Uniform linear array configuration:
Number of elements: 32
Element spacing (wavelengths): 0.75
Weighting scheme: binomial
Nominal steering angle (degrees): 0
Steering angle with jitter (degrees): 1.776
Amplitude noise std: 0.05
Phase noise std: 0.05

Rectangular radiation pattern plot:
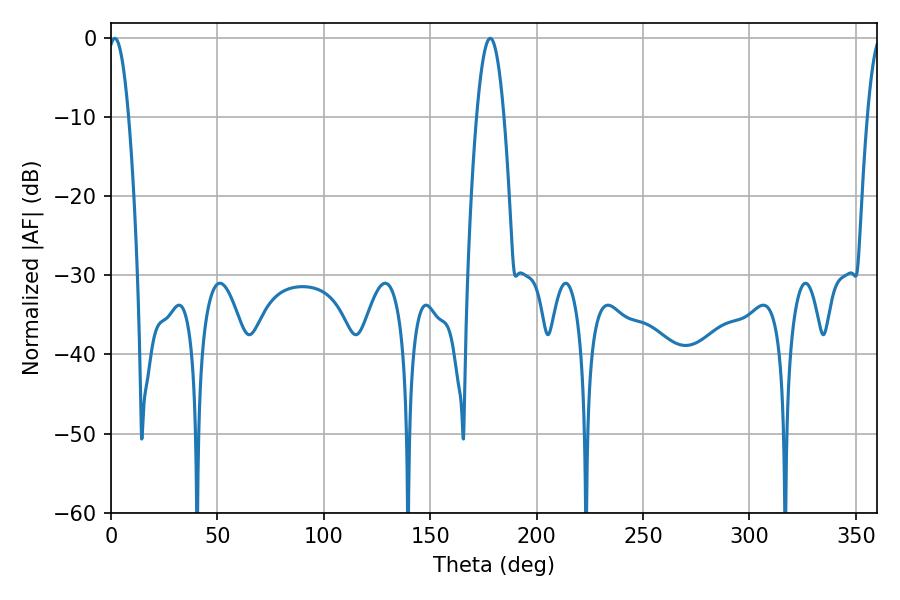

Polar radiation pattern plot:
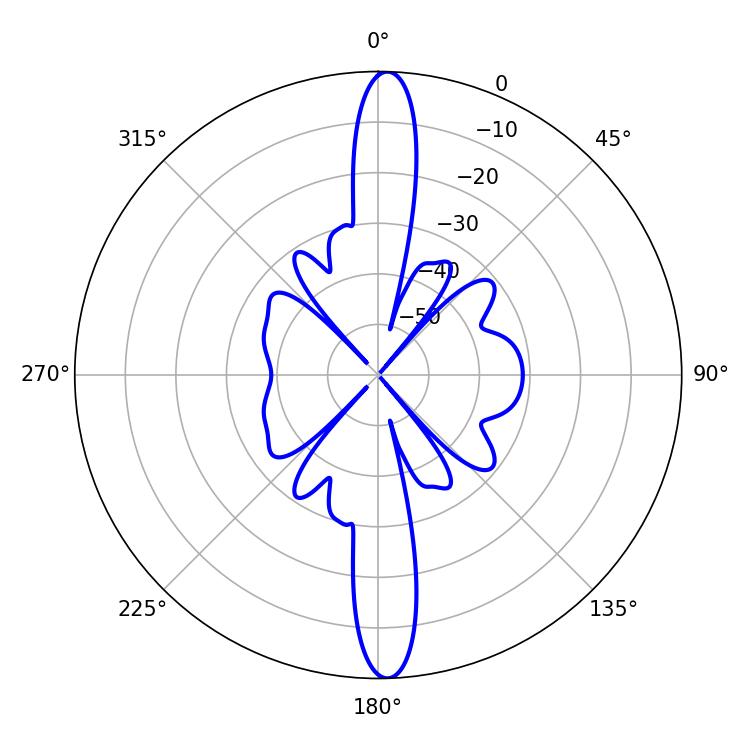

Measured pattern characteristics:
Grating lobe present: TRUE
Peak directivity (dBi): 23.704
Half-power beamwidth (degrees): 6.84
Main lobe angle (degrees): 178.2